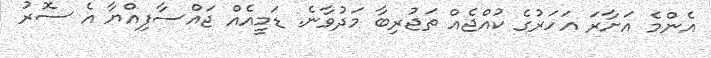
އެންމެ އަށާރަ އަހަރުގެ ކުއްޖެއް ތަޖުރިބާ މަދުވާނެ. ޑަމީއެއް ޖައްސާފިއްޔާ އެ ސޮރު